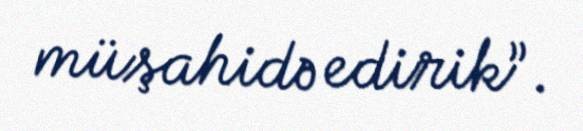
müşahidə edirik”.